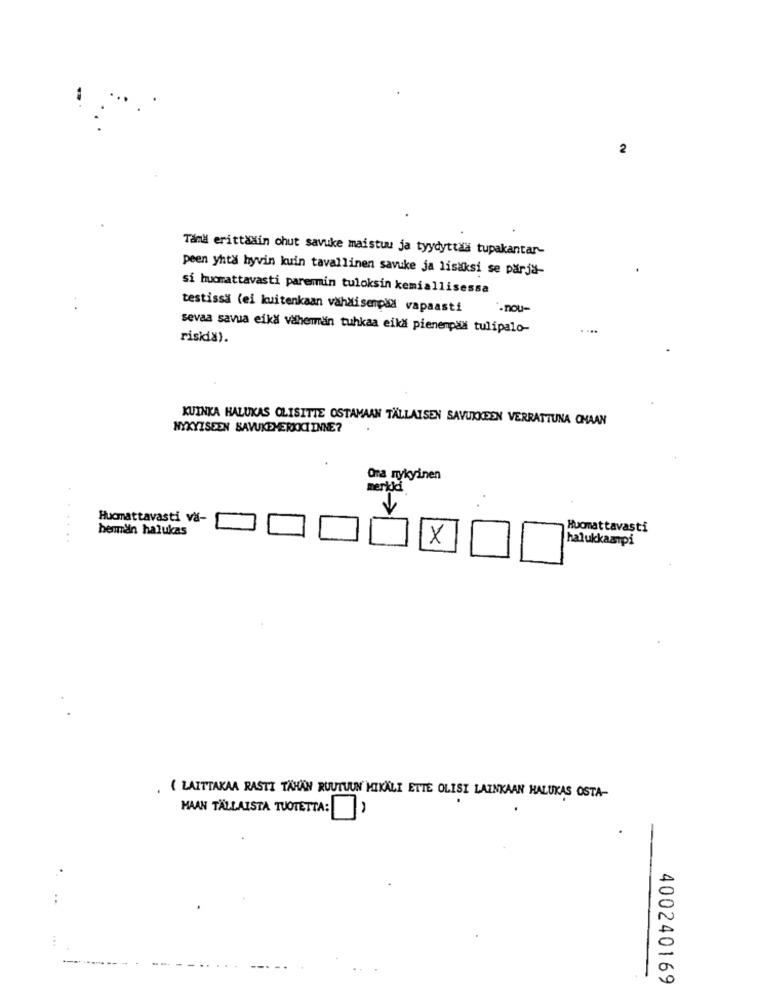
2
Tand erittädin chut savuke maistuu ja tyydyttaa tupakantar-
peen yhtä hyvin loin tavallinen savuke ja lisaksi se pärja-
si huomattavasti paremin tuloksin kemiallisessa
testissä (ei kuitenkaan vähäisempää vapaasti
.nou-
sevaa savva eikä vähemmán tuhkaa eikő pienempáli tulipalo-
. ...
riskia).
KUINKA HALUKAS OLISITTE OSTAMAAN TALLAISEN SAVUKKEEN VERRATTUNA CHAAN
NYKYISEEN SAVUKEMERKICI INNE?
Ona nykyinen
merkid.
Hucmattavasti va-
beman halukas
Huomattavasti
......
X
halukkaarpi
. ( LAITTAKAA RASTI TÄHÄN RUUTUUN MIKÄLI ETTE OLISI LAINKAAN HALUKAS OSTA-
MAAN TALLAISTA TUOTETTA: )
..
----.
400240169